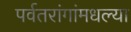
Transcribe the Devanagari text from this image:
पर्वतरांगांमधल्या